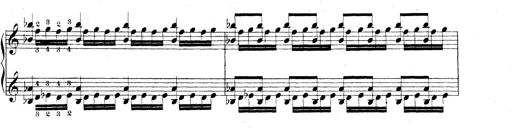
Title: Technische Studien
Composer: Franz Liszt